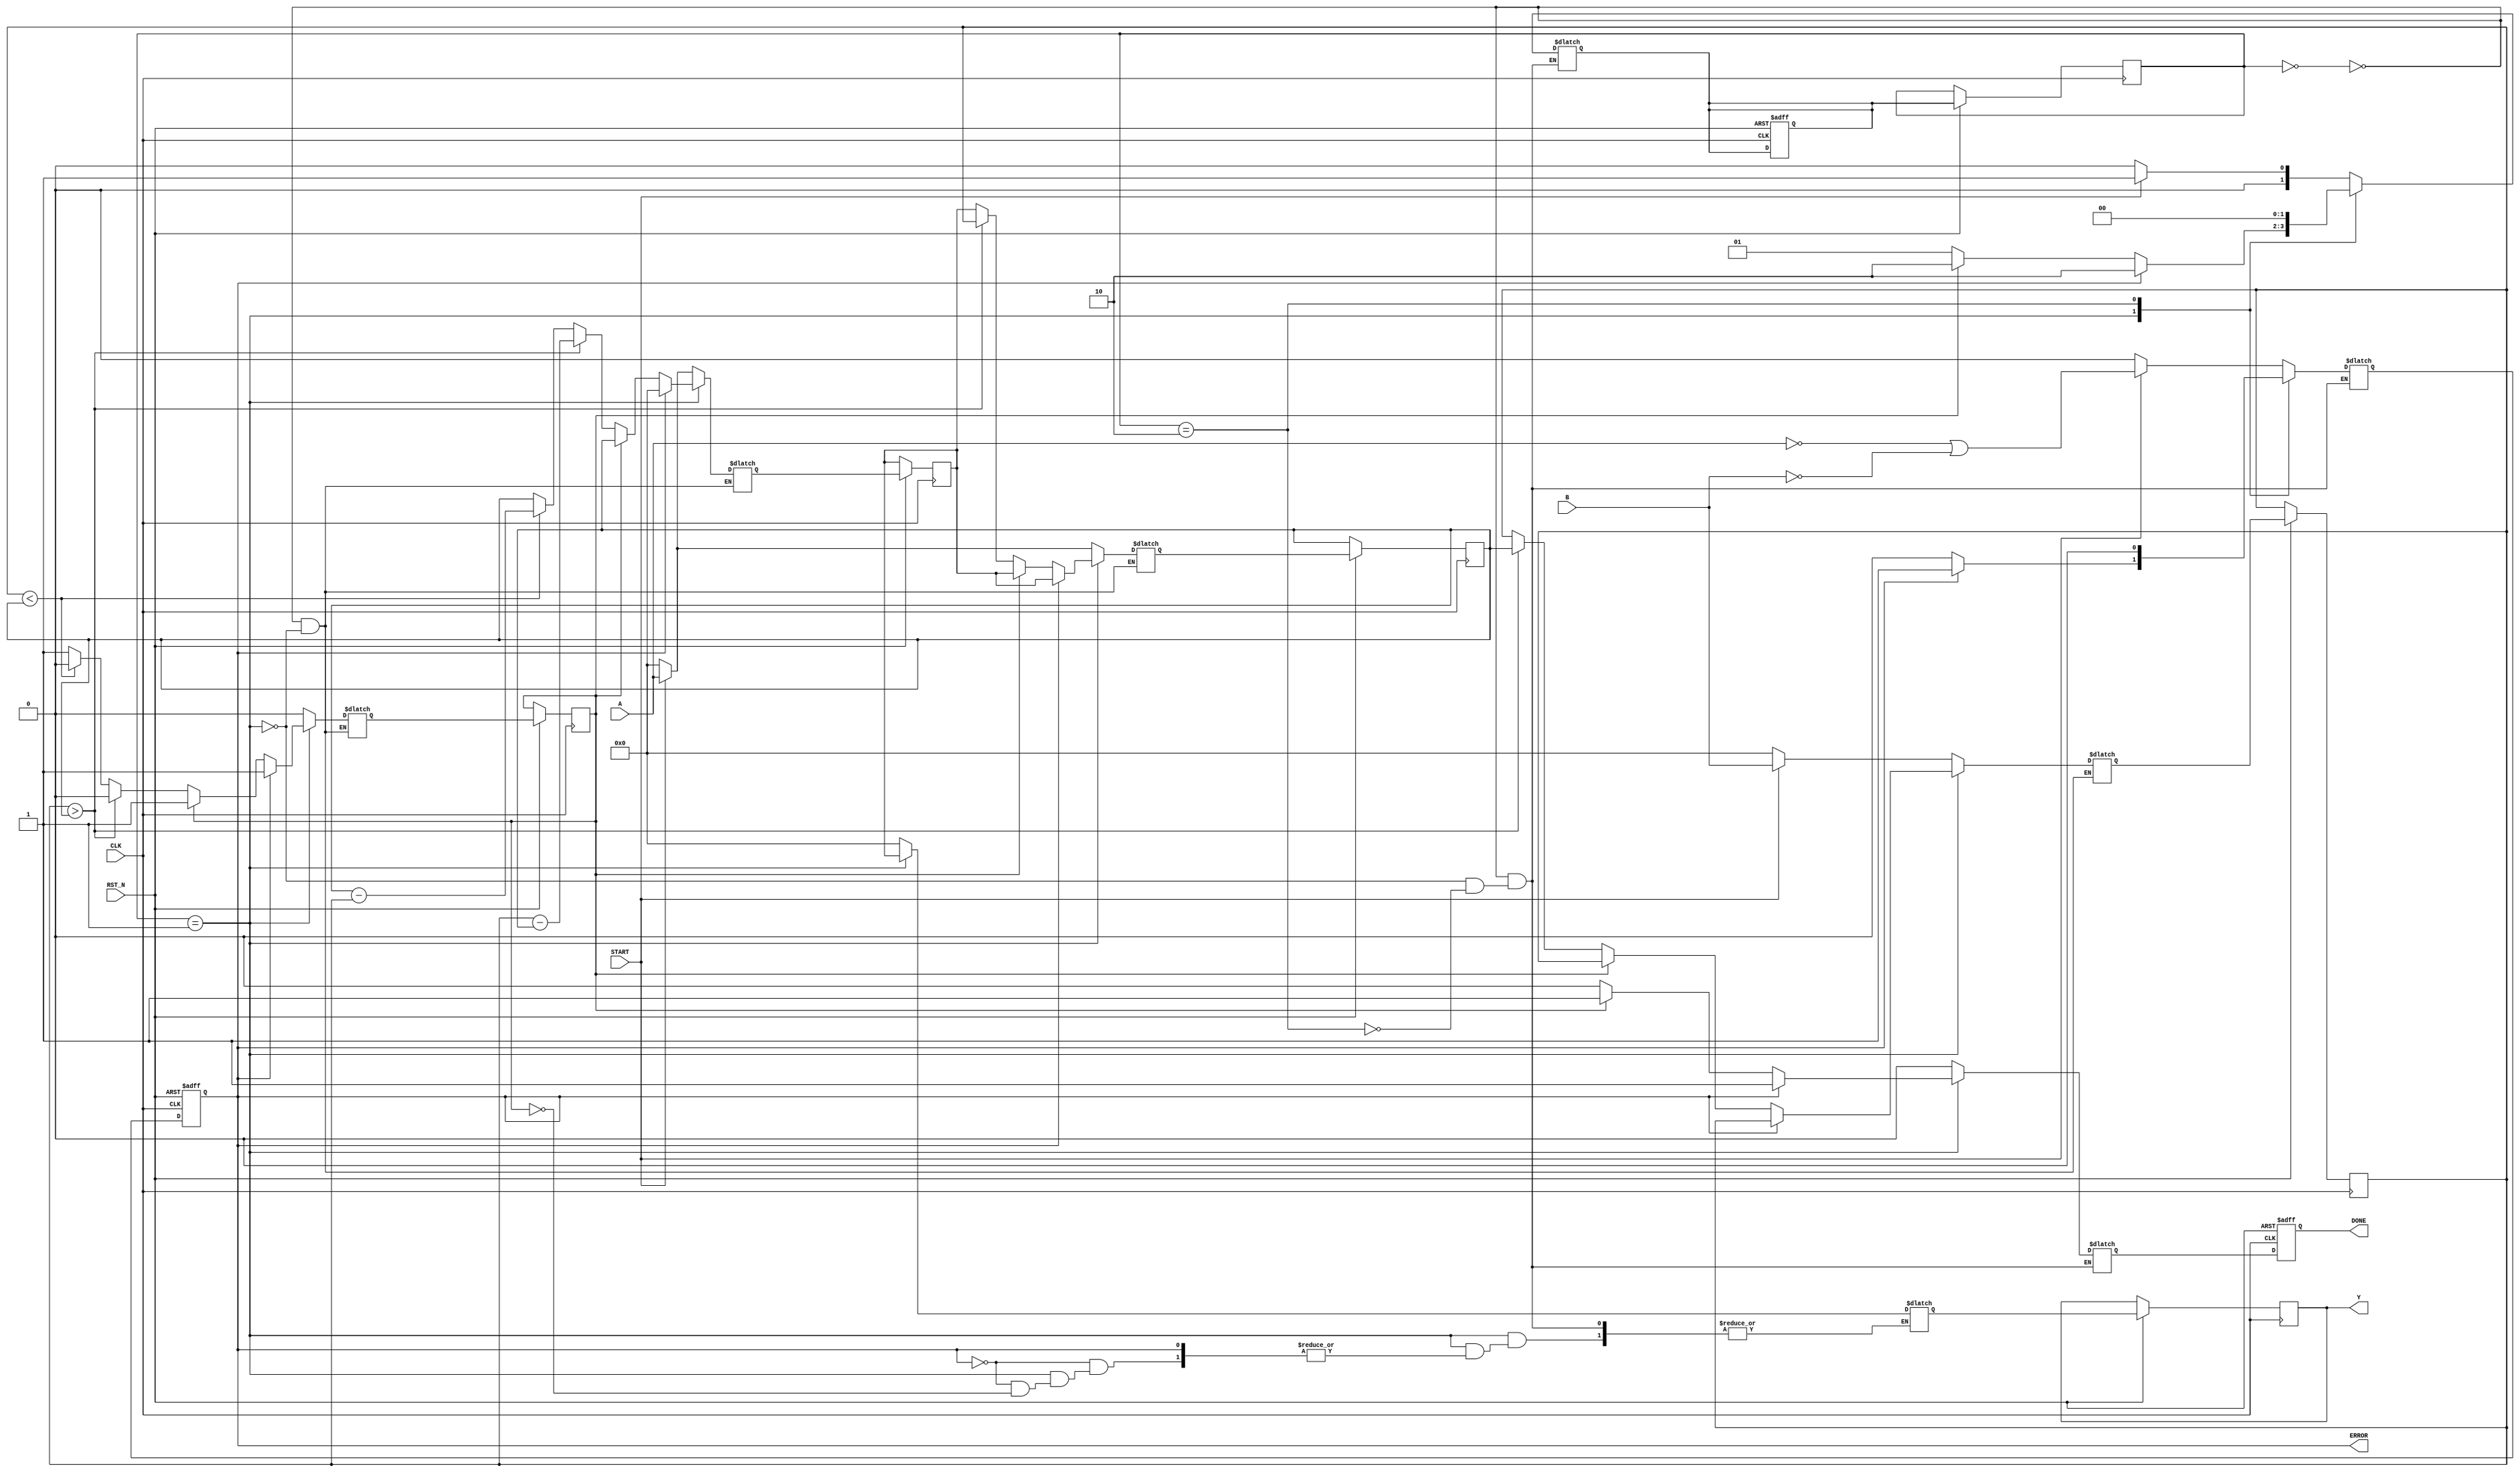
module GCD (
	input wire CLK,
	input wire RST_N,
	input wire [7:0] A,
	input wire [7:0] B,
	input wire START,
	output reg [7:0] Y,
	output reg DONE,
	output reg ERROR
);
	parameter S0 = 2'b00;
	parameter S1 = 2'b01;
	parameter S2 = 2'b10;
	reg [1:0] state, next_state;

	reg found, next_found;
	reg next_error;
	reg next_done;
	reg [7:0] a, b;
	reg [7:0] next_a, next_b;
	reg [7:0] diff, next_diff;
	reg [7:0] next_Y;


	always @( posedge CLK, negedge RST_N ) begin
		if( !RST_N ) begin
			DONE <= 1'b0;
			ERROR <= 1'b0;
			next_state <= S0;
		end else begin
			state <= next_state;
			ERROR <= next_error;
			DONE <= next_done;
			diff <= next_diff;
			found <= next_found;
			a <= next_a;
			b <= next_b;
			Y <= next_Y;
		end
	end

	always @(*) begin
		case(state)
			//IDLE
			S0: begin
				next_done = 1'b0;
				next_found = 1'b0;
				next_Y = 8'd0;
				if(START) begin
					{next_a, next_b} = {A, B};
					next_state = S1;
					next_error = (A==0 || B==0);
					next_state = S1;
					next_diff = A;		
				end else begin
					next_state = S0;
					next_error = 1'b0;
					next_diff = 8'd0;
					next_a = 8'd0;
					next_b = 8'd0;
				end
			end
			//CALC
			S1: begin
				next_a = diff;
				next_b = b;
				
				if(ERROR) begin
					next_error = 1'b1;
					next_diff = 8'b0;
					next_state = S2;
					next_done = 1'b1;
					next_found = 1'b1;
				end else if(found) begin
					next_error = 1'b0;
					next_diff = a;
					next_state = S2;
					next_found = 1'b1;
					next_done = 1'b1;
					next_Y = diff;
				end else if(b>a) begin
					{next_b, next_a} = {a, b};
					next_diff = b-a;
					next_state = S1;
					next_error = 1'b0;
					next_done = 1'b0;
					next_found = 1'b0;
				end else if(b<a) begin
					next_diff = a-b;
					next_state = S1;
					next_error = 1'b0;
					next_done = 1'b0;
					next_found = 1'b0;
				end else begin
					next_error = 1'b0;
					next_done = 1'b0;
					next_diff = a;
					next_state = S1;
					next_found = 1'b1;
				end
			end
			//FINISH
			S2: begin
				next_state = S0;
				next_Y = 0;
				next_done = 1'b0;
				next_error = 1'b0;
			end
		endcase
	end
endmodule